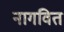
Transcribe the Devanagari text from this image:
नागवित